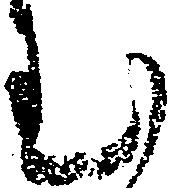
む